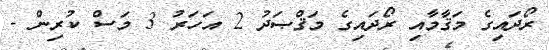
ރޯދައިގެ މަޤާމާއި ރޯދައިގެ މަޤްޞަދު 2 އަހަރު 3 މަސް ކުރިން -